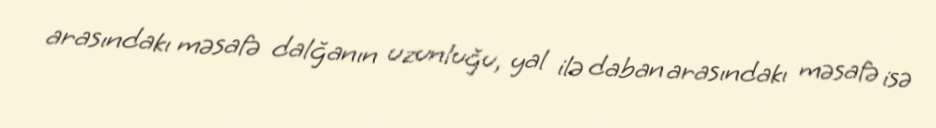
arasındakı məsafə dalğanın uzunluğu, yal ilə daban arasındakı məsafə isə